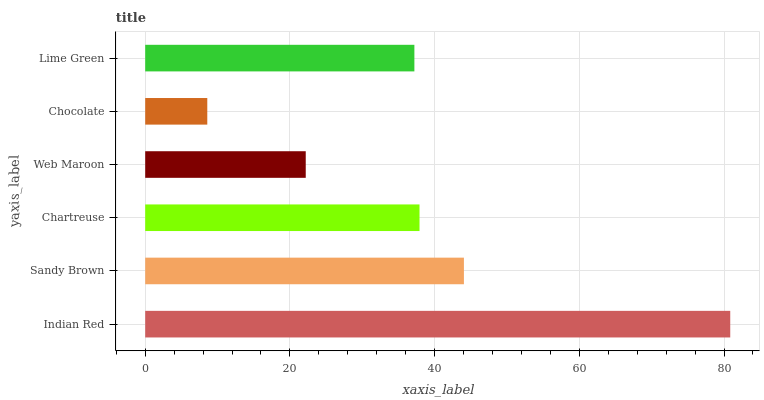
| yaxis_label | bars |
 | --- | --- |
 | Indian Red | 80.9 |
 | Sandy Brown | 44.1 |
 | Chartreuse | 37.9 |
 | Web Maroon | 22.2 |
 | Chocolate | 8.58 |
 | Lime Green | 37.2 |